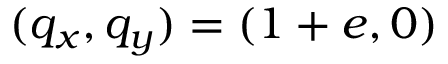
( q _ { x } , q _ { y } ) = ( 1 + e , 0 )